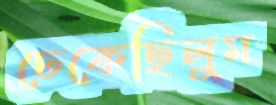
ঢেকেছিলুম